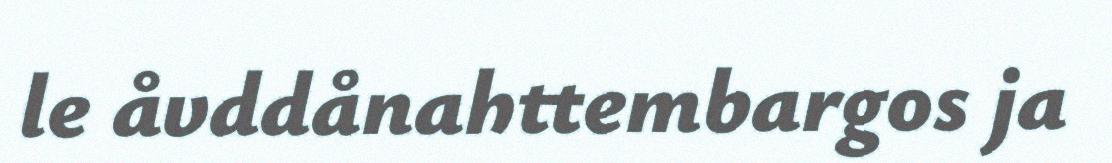
le åvddånahttembargos ja